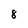
Character: 8